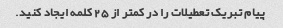
پیام تبریک تعطیلات را در کمتر از 25 کلمه ایجاد کنید.